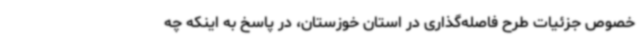
خصوص جزئیات طرح فاصله‌گذاری در استان خوزستان، در پاسخ به اینکه چه